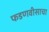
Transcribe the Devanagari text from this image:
फडणवीसाचा